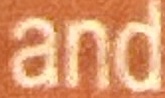
and